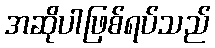
အဆိုပါဖြစ်ရပ်သည်